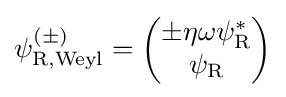
\psi _{\rm {{R},{\text{Weyl}}}}^{(\pm )}={\begin{pmatrix}\pm \eta \omega \psi _{\rm {R}}^{*}\\\psi _{\rm {R}}\end{pmatrix}}